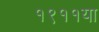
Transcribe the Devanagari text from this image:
१९११या